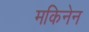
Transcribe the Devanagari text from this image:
मकिनेन